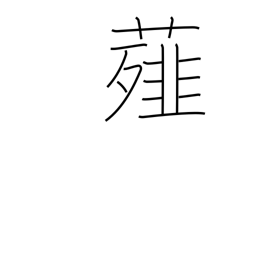
Meaning: scallion